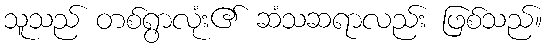
သူသည် တစ်ရွာလုံး၏ ဆံသဆရာလည်း ဖြစ်သည်။